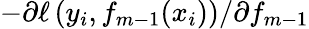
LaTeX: -\partial\ell\left(y_{i},f_{m-1}(x_{i})\right)/\partial f_{m-1}